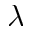
\lambda